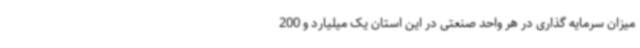
میزان سرمایه گذاری در هر واحد صنعتی در این استان یک میلیارد و 200